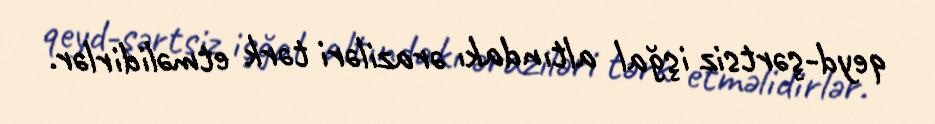
qeyd-şərtsiz işğal altındakı əraziləri tərk etməlidirlər.